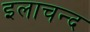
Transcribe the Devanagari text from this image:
इलाचन्द